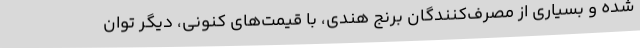
شده و بسیاری از مصرف‌کنندگان برنج هندی، با قیمت‌های کنونی، دیگر توان